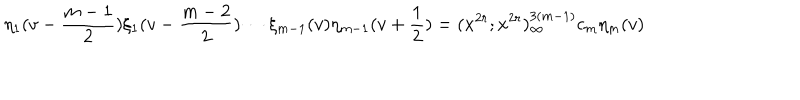
LaTeX: \eta _ { 1 } ( v - \frac { m - 1 } { 2 } ) \xi _ { 1 } ( v - \frac { m - 2 } { 2 } ) \cdots \xi _ { m - 1 } ( v ) \eta _ { m - 1 } ( v + \frac { 1 } { 2 } ) = ( x ^ { 2 r } ; x ^ { 2 r } ) _ { \infty } ^ { 3 ( m - 1 ) } c _ { m } \eta _ { m } ( v )